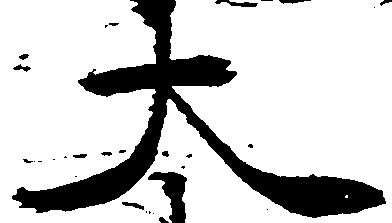
大